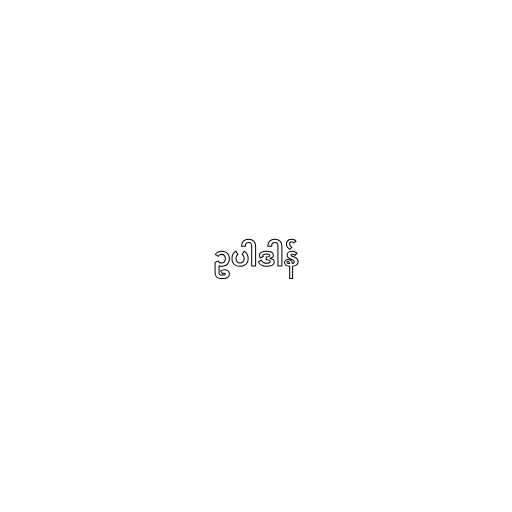
ဥပါဒါန်